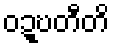
ဝဍ္ဎတီတိ